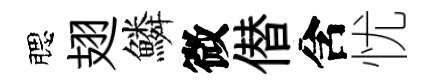
腮翅鱗微僣含忧